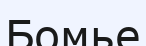
Бомье